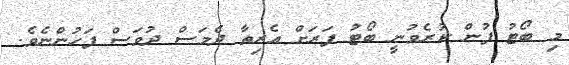
މި ބޯޓު ފުން ކުރެވުނީ ބޯޓު ފަރަށް އެރިތާ ދެމަސް ދުވަސް ފަހުންނެވެ.